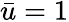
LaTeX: \bar{u}=1